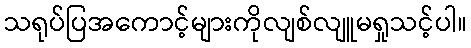
သရုပ်ပြအကောင့်များကိုလျစ်လျူမရှုသင့်ပါ။